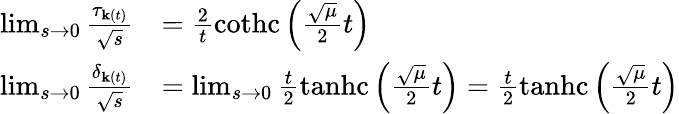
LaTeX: \begin{array}{rl}{\operatorname*{lim}_{s\rightarrow 0}\frac{\tau_{\mathbf{k}(t)}}{\sqrt{s}}}&{=\frac{2}{t}\operatorname{cothc}\left(\frac{\sqrt{\mu}}{2}t\right)}\\ {\operatorname*{lim}_{s\rightarrow 0}\frac{\delta_{\mathbf{k}(t)}}{\sqrt{s}}}&{=\operatorname*{lim}_{s\rightarrow 0}\frac{t}{2}\operatorname{tanhc}\left(\frac{\sqrt{\mu}}{2}t\right)=\frac{t}{2}\operatorname{tanhc}\left(\frac{\sqrt{\mu}}{2}t\right)}\end{array}